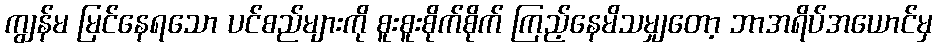
ကျွန်မ မြင်နေရသော ပင်စည်များကို စူးစူးစိုက်စိုက် ကြည့်နေမိသမျှတော့ ဘာအရိပ်အယောင်မှ